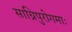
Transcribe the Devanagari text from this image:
साग्निपुरोगमाः